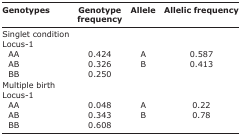
<table><thead><tr><td><b>Genotypes</b></td><td><b>Genotype frequency</b></td><td><b>Allele</b></td><td><b>Allelic frequency</b></td></tr></thead><tbody><tr><td>Singlet condition</td><td></td><td></td><td></td></tr><tr><td>Locus-1</td><td></td><td></td><td></td></tr><tr><td> AA</td><td>0.424</td><td>A</td><td>0.587</td></tr><tr><td> AB</td><td>0.326</td><td>B</td><td>0.413</td></tr><tr><td> BB</td><td>0.250</td><td></td><td></td></tr><tr><td>Multiple birth</td><td></td><td></td><td></td></tr><tr><td>Locus-1</td><td></td><td></td><td></td></tr><tr><td> AA</td><td>0.048</td><td>A</td><td>0.22</td></tr><tr><td> AB</td><td>0.343</td><td>B</td><td>0.78</td></tr><tr><td> BB</td><td>0.608</td><td></td><td></td></tr></tbody></table>